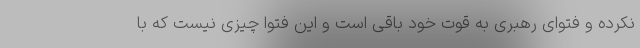
نکرده و فتوای رهبری به قوت خود باقی است و این فتوا چیزی نیست که با